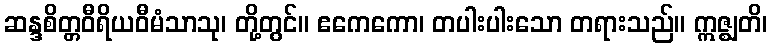
ဆန္ဒစိတ္တဝီရိယဝီမံသာသု၊ တို့တွင်။ ဧကေကော၊ တပါးပါးသော တရားသည်။ ဣဇ္ဈတိ၊